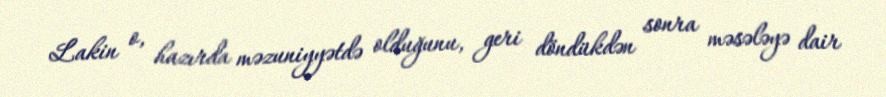
Lakin o, hazırda məzuniyyətdə olduğunu, geri döndükdən sonra məsələyə dair